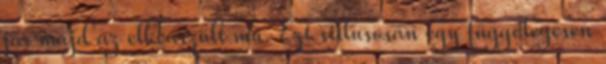
jár majd az elkéászült mű. Ezt stílusosan egy függőlegesen